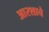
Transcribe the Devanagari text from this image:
आरशाचे